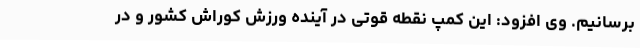
برسانیم. وی افزود: این کمپ نقطه قوتی در آینده ورزش کوراش کشور و در